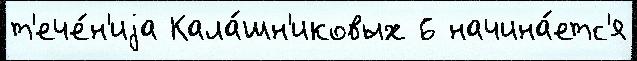
т'ече́н'иjа Кала́шн'иковых 6 начина́етс'я